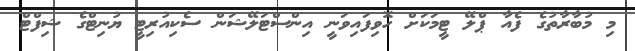
މި މުބާރާތުގެ ފެއާ ޕްލޭ ޓީމަކަށް ހޮވިފައިވަނީ އިންސްޓަލޭޝަން ސެކިއުރިޓީ ޔުނިޓްގެ ޝިފްޓް